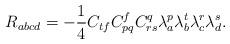
LaTeX: \begin{align*}R_{abcd}=-\frac{1}{4}C_{tf}C^{f}_{pq}C^{q}_{rs}\lambda_{a}^{p}\lambda_{b}^{t}\lambda_{c}^{r}\lambda_{d}^{s}.\end{align*}